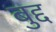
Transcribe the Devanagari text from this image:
बुद्द